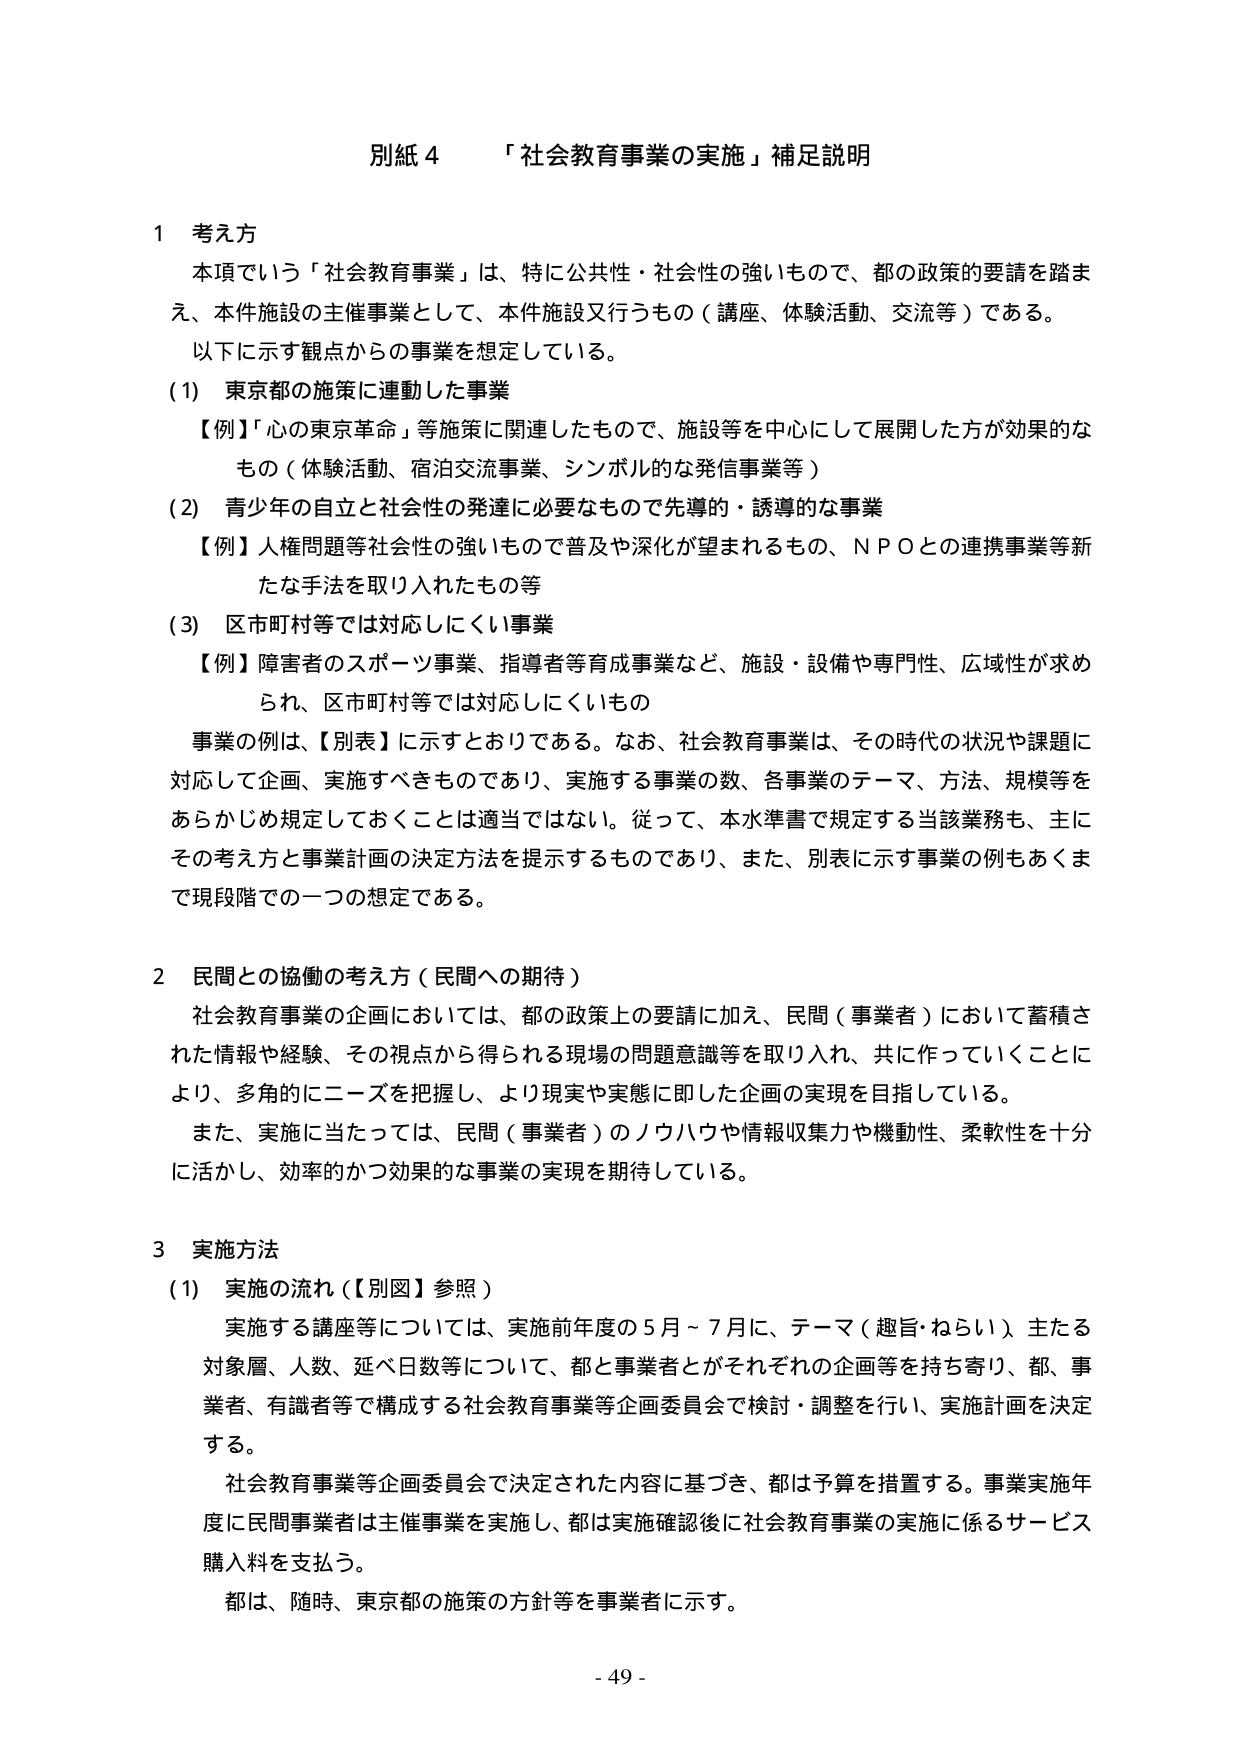
別紙４　「社会教育事業の実施」補足説明

１　考え方
　本項でいう「社会教育事業」は、特に公共性・社会性の強いもので、都の政策的要請を踏まえ、本件施設の主催事業として、本件施設又行うもの（講座、体験活動、交流等）である。
　以下に示す観点からの事業を想定している。
　(1)　東京都の施策に連動した事業
　　　【例】「心の東京革命」等施策に関連したもので、施設等を中心にして展開した方が効果的なもの（体験活動、宿泊交流事業、シンボル的な発信事業等）
　(2)　青少年の自立と社会性の発達に必要なもので先導的・誘導的な事業
　　　【例】人権問題等社会性の強いもので普及や深化が望まれるもの、ＮＰＯとの連携事業等新たな手法を取り入れたもの等
　(3)　区市町村等では対応しにくい事業
　　　【例】障害者のスポーツ事業、指導者等育成事業など、施設・設備や専門性、広域性が求められ、区市町村等では対応しにくいもの
　　事業の例は、【別表】に示すとおりである。なお、社会教育事業は、その時代の状況や課題に対応して企画、実施すべきものであり、実施する事業の数、各事業のテーマ、方法、規模等をあらかじめ規定しておくことは適当ではない。従って、本水準書で規定する当該業務も、主にその考え方と事業計画の決定方法を提示するものであり、また、別表に示す事業の例もあくまで現段階での一つの想定である。

２　民間との協働の考え方（民間への期待）
　社会教育事業の企画においては、都の政策上の要請に加え、民間（事業者）において蓄積された情報や経験、その視点から得られる現場の問題意識等を取り入れ、共に作っていくことにより、多角的にニーズを把握し、より現実や実態に即した企画の実現を目指している。
　また、実施に当たっては、民間（事業者）のノウハウや情報収集力や機動性、柔軟性を十分に活かし、効率的かつ効果的な事業の実現を期待している。

３　実施方法
　(1)　実施の流れ（【別図】参照）
　　　実施する講座等については、実施前年度の５月～７月に、テーマ（趣旨・ねらい）、主たる対象層、人数、延べ日数等について、都と事業者がそれぞれの企画等を持ち寄り、都、事業者、有識者等で構成する社会教育事業等企画委員会で検討・調整を行い、実施計画を決定する。
　　　社会教育事業等企画委員会で決定された内容に基づき、都は予算を措置する。事業実施年度に民間事業者は主催事業を実施し、都は実施確認後に社会教育事業の実施に係るサービス購入料を支払う。
　　　都は、随時、東京都の施策の方針等を事業者に示す。

- 49 -